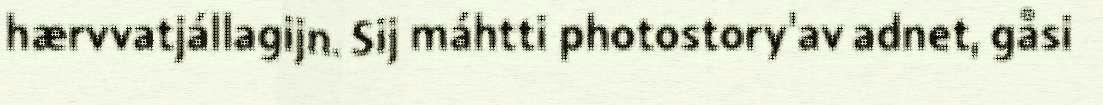
hærvvatjállagijn. Sij máhtti photostory'av adnet, gåsi